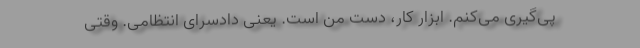
پی‌گیری می‌کنم. ابزار کار، دست من است. یعنی دادسرای انتظامی. وقتی